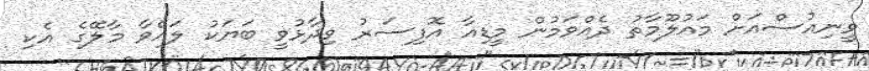
ވީނިއުސްއަށް މައުލޫމާތު ދެއްވަމުން މީޑިއާ އޮފިސަރު ވިދާޅުވީ ބަޔަކު ލައްވާ މާލޭގެ އެކި